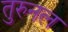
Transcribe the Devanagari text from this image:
तुरुनल